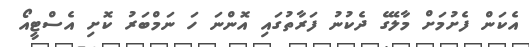
އެކަން ފެށުމަށް މާލޭގެ ދެކުނު ފަރާތުގައި އޮންނަ ހަ ނަމްބަރު ކޮށި އެސްޓީއޯ